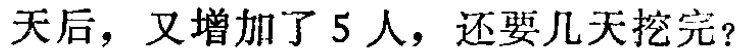
天后，又增加了 5 人，还要几天挖完？